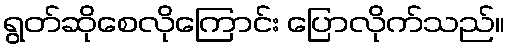
ရွတ်ဆိုစေလိုကြောင်း ပြောလိုက်သည်။